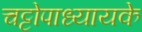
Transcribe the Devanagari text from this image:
चट्टोपाध्यायके